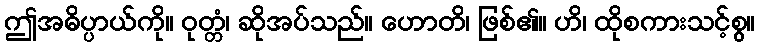
ဤအဓိပ္ပာယ်ကို။ ဝုတ္တံ၊ ဆိုအပ်သည်။ ဟောတိ၊ ဖြစ်၏။ ဟိ၊ ထိုစကားသင့်စွ။